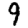
Digit: 9